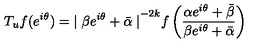
T _ { u } f ( e ^ { i \theta } ) = { \mid \beta e ^ { i \theta } + \bar { \alpha } \mid } ^ { - 2 k } f \left( \frac { \alpha e ^ { i \theta } + \bar { \beta } } { \beta e ^ { i \theta } + \bar { \alpha } } \right)